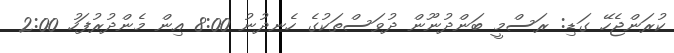
ކުރަންޖެހޭ ގަޑި: ރަސްމީ ބަންދުނޫން ދުވަސްތަކުގެ ހެނދުނު 8:00 އިން މެންދުރުފަހު 2:00